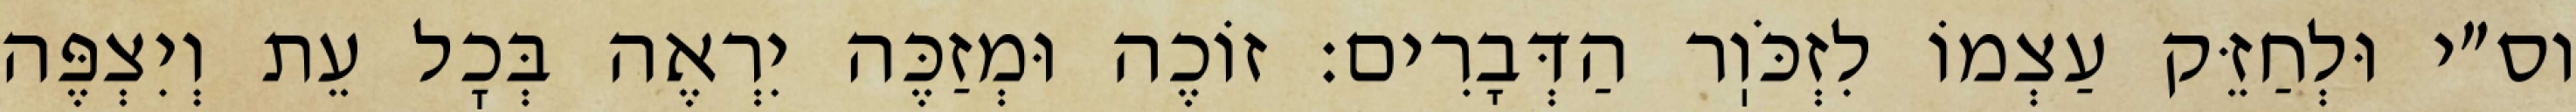
וס״י וּלְחַזֵּק עַצְמוֹ לִזְכֹּוֽר הַדְּבָרִים: זוֹכֶה וּמְזַכֶּה יִרְאֶה בְּכׇל עֵת וְיִצְפֶּה